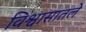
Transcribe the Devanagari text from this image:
विश्वासातले